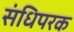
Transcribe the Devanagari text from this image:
संधिपरक